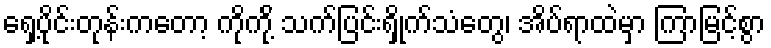
ရှေ့ပိုင်းတုန်းကတော့ ကိုကို့် သက်ပြင်းရှိုက်သံတွေ၊ အိပ်ရာထဲမှာ ကြာမြင့်စွာ